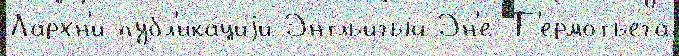
Лархн'и публ'ика́циjи Энтльигый Эн'е-Т'ермотьега